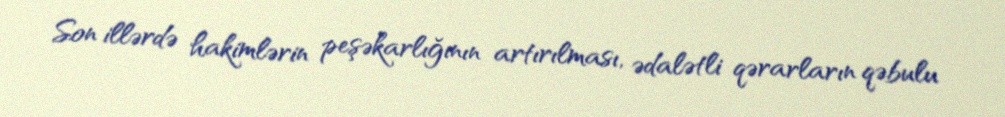
Son illərdə hakimlərin peşəkarlığının artırılması, ədalətli qərarların qəbulu